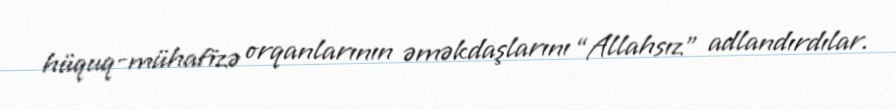
hüquq-mühafizə orqanlarının əməkdaşlarını “Allahsız” adlandırdılar.